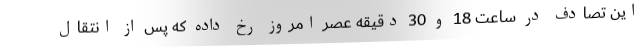
این تصادف در ساعت 18 و 30 دقیقه عصر امروز رخ داده که پس از انتقال